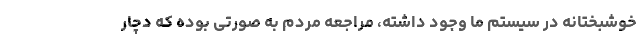
خوشبختانه در سیستم ما وجود داشته، مراجعه مردم به صورتی بوده که دچار